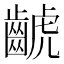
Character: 𪘰